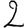
Digit: 2